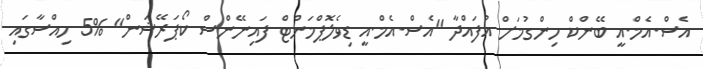
އެސް.އެމް.އީ ބޭންކް ހިންގުމަށް އުފައްދާ "އެސް.އެމް.އީ ޑިވެލޮޕްމަންޓް ފައިނޭންސް ކޯޕަރޭޝަން" %5 ހިއްސާގައި